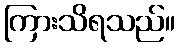
ကြားသိရသည်။